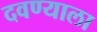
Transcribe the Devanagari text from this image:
दवण्याला